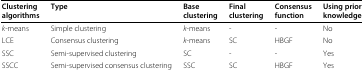
<table><thead><tr><td><b>Clustering</b></td><td><b>Type</b></td><td><b>Base</b></td><td><b>Final</b></td><td><b>Consensus</b></td><td><b>Using prior</b></td></tr><tr><td><b>algorithms</b></td><td><b> </b></td><td><b>clustering</b></td><td><b>clustering</b></td><td><b>function</b></td><td><b>knowledge</b></td></tr></thead><tbody><tr><td><i>k</i>-means</td><td>Simple clustering</td><td><i>k</i>-means</td><td>-</td><td>-</td><td>No</td></tr><tr><td>LCE</td><td>Consensus clustering</td><td><i>k</i>-means</td><td>SC</td><td>HBGF</td><td>No</td></tr><tr><td>SSC</td><td>Semi-supervised clustering</td><td>SC</td><td>-</td><td>-</td><td>Yes</td></tr><tr><td>SSCC</td><td>Semi-supervised consensus clustering</td><td>SSC</td><td>SC</td><td>HBGF</td><td>Yes</td></tr></tbody></table>